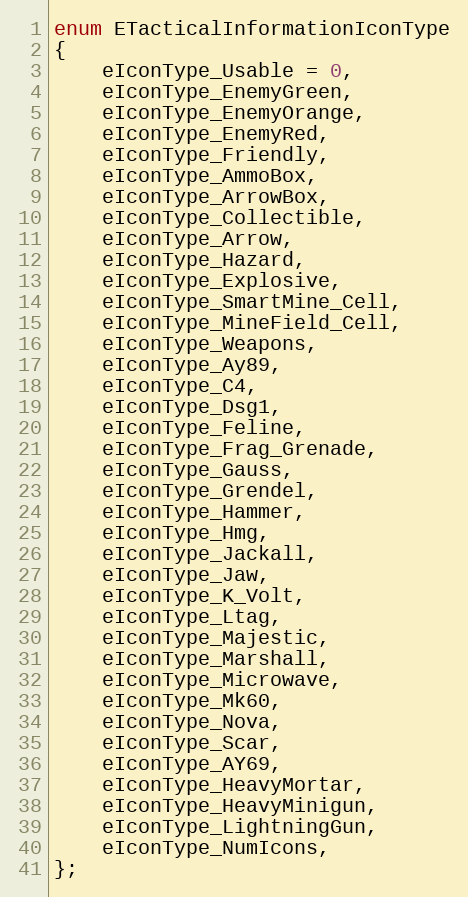
Language: C
enum ETacticalInformationIconType
{
	eIconType_Usable = 0,
	eIconType_EnemyGreen,
	eIconType_EnemyOrange,
	eIconType_EnemyRed,
	eIconType_Friendly,
	eIconType_AmmoBox,
	eIconType_ArrowBox,
	eIconType_Collectible,
	eIconType_Arrow,
	eIconType_Hazard,
	eIconType_Explosive,
	eIconType_SmartMine_Cell,
	eIconType_MineField_Cell,
	eIconType_Weapons,
	eIconType_Ay89,
	eIconType_C4,
	eIconType_Dsg1,
	eIconType_Feline,
	eIconType_Frag_Grenade,
	eIconType_Gauss,
	eIconType_Grendel,
	eIconType_Hammer,
	eIconType_Hmg,
	eIconType_Jackall,
	eIconType_Jaw,
	eIconType_K_Volt,
	eIconType_Ltag,
	eIconType_Majestic,
	eIconType_Marshall,
	eIconType_Microwave,
	eIconType_Mk60,
	eIconType_Nova,
	eIconType_Scar,
	eIconType_AY69,
	eIconType_HeavyMortar,
	eIconType_HeavyMinigun,
	eIconType_LightningGun,
	eIconType_NumIcons,
};